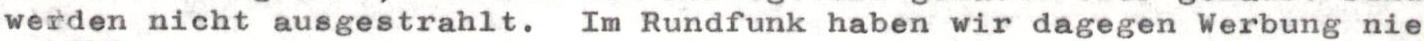
werden nicht ausgestrahlt. Im Rundfunk haben wir dagegen Werbung nie